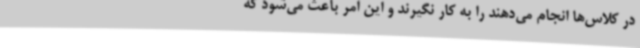
در کلاس‌ها انجام می‌دهند را به کار نگیرند و این امر باعث می‌شود که